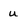
Character: u